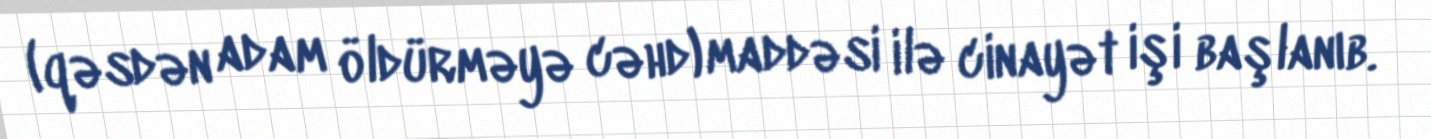
(qəsdən adam öldürməyə cəhd) maddəsi ilə cinayət işi başlanıb.